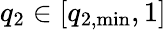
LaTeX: q_{2}\in[q_{2,\mathrm{min}},1]